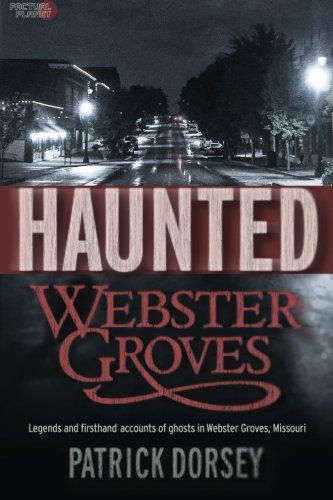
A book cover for Haunted Webster Groves; Patrick Dorsey; Religion & Spirituality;